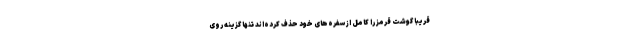
قریباً گوشت قرمز را کامل از سفره‌های خود حذف کرده‌اند تنها گزینه روی